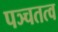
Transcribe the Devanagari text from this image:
पञ्चतत्व